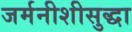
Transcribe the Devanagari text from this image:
जर्मनीशीसुद्धा